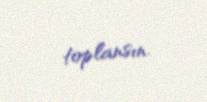
toplansın.